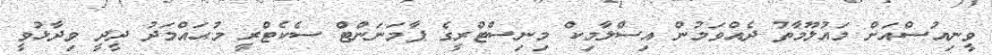
ވީނިއުސްއަށް މައުލޫމާތު ދެއްވަމުން އިސްލާމިކް މިނިސްޓްރީގެ ޕާމަނަންޓް ސެކެޓްރީ މުޙައްމަދު ދީދީ ވިދާޅުވީ